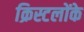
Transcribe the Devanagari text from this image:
क्रिस्टलोंके